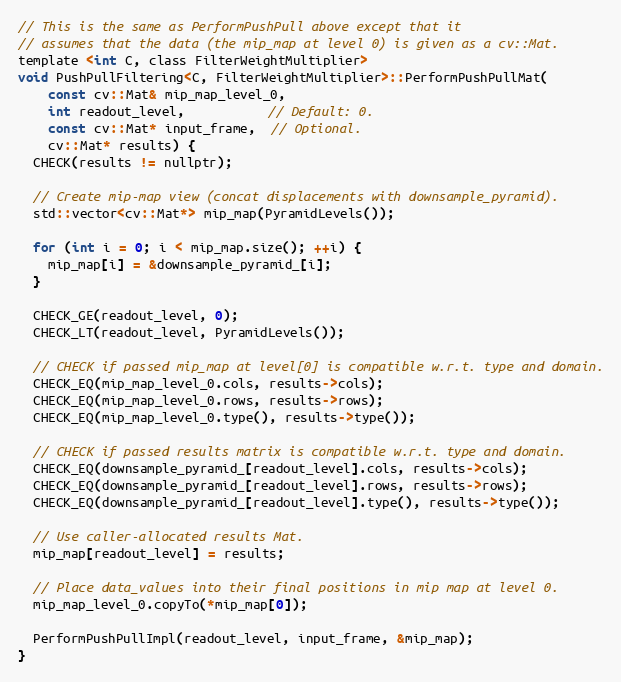
Language: C
// This is the same as PerformPushPull above except that it
// assumes that the data (the mip_map at level 0) is given as a cv::Mat.
template <int C, class FilterWeightMultiplier>
void PushPullFiltering<C, FilterWeightMultiplier>::PerformPushPullMat(
    const cv::Mat& mip_map_level_0,
    int readout_level,           // Default: 0.
    const cv::Mat* input_frame,  // Optional.
    cv::Mat* results) {
  CHECK(results != nullptr);

  // Create mip-map view (concat displacements with downsample_pyramid).
  std::vector<cv::Mat*> mip_map(PyramidLevels());

  for (int i = 0; i < mip_map.size(); ++i) {
    mip_map[i] = &downsample_pyramid_[i];
  }

  CHECK_GE(readout_level, 0);
  CHECK_LT(readout_level, PyramidLevels());

  // CHECK if passed mip_map at level[0] is compatible w.r.t. type and domain.
  CHECK_EQ(mip_map_level_0.cols, results->cols);
  CHECK_EQ(mip_map_level_0.rows, results->rows);
  CHECK_EQ(mip_map_level_0.type(), results->type());

  // CHECK if passed results matrix is compatible w.r.t. type and domain.
  CHECK_EQ(downsample_pyramid_[readout_level].cols, results->cols);
  CHECK_EQ(downsample_pyramid_[readout_level].rows, results->rows);
  CHECK_EQ(downsample_pyramid_[readout_level].type(), results->type());

  // Use caller-allocated results Mat.
  mip_map[readout_level] = results;

  // Place data_values into their final positions in mip map at level 0.
  mip_map_level_0.copyTo(*mip_map[0]);

  PerformPushPullImpl(readout_level, input_frame, &mip_map);
}